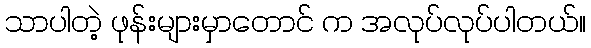
သာပါတဲ့ ဖုန်းများမှာတောင် က အလုပ်လုပ်ပါတယ်။